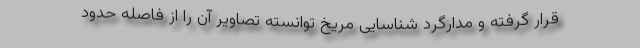
قرار گرفته و مدارگرد شناسایی مریخ توانسته تصاویر آن را از فاصله حدود